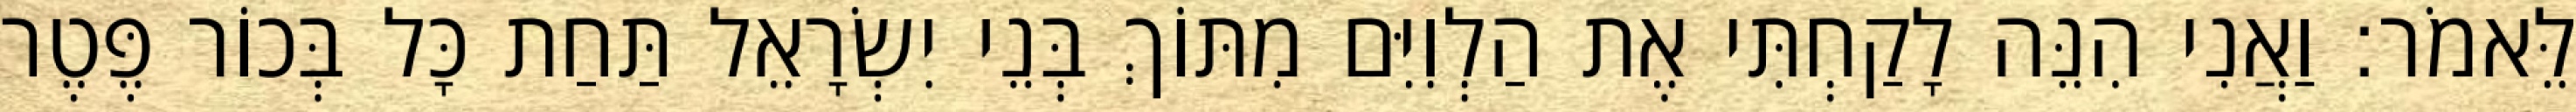
לֵּאמֹר׃ וַאֲנִי הִנֵּה לָקַחְתִּי אֶת הַלְוִיִּם מִתּוֹךְ בְּנֵי יִשְׂרָאֵל תַּחַת כָּל בְּכוֹר פֶּטֶר